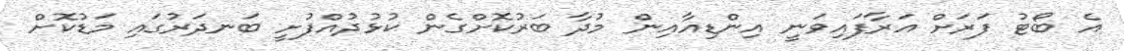
އެ ބޯޓު ފަރަށް އަރާފައިވަނީ އިންޑިއާއިން މުދާ ބަރުކޮށްގެން ކުޅުދުއްފުށީ ބަނދަރުގައި މަޑުކޮށް